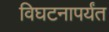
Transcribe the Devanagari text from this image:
विघटनापर्यंत